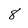
Character: 8